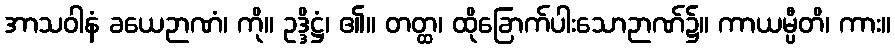
အာသဝါနံ ခယေဉာဏံ၊ ကို။ ဥဒ္ဒိဋ္ဌံ၊ ၏။ တတ္ထ၊ ထိုခြောက်ပါးသောဉာဏ်၌။ ကာယမ္ပီတိ၊ ကား။